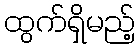
ထွက်ရှိမည့်